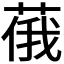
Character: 𱽺